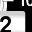
Digit: 2